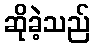
ဆိုခဲ့သည်